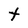
Character: t